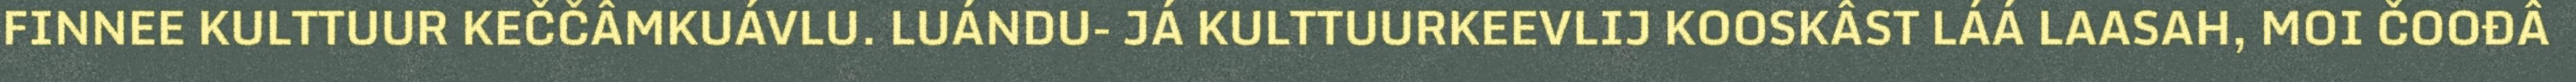
FINNEE KULTTUUR KEČČÂMKUÁVLU. LUÁNDU- JÁ KULTTUURKEEVLIJ KOOSKÂST LÁÁ LAASAH, MOI ČOOĐÂ